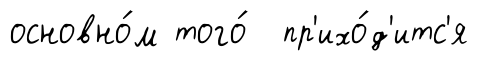
основно́м того́ пр'ихо́д'итс'я